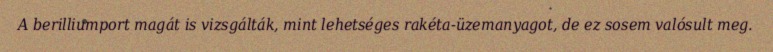
A berilliumport magát is vizsgálták, mint lehetséges rakéta-üzemanyagot, de ez sosem valósult meg.